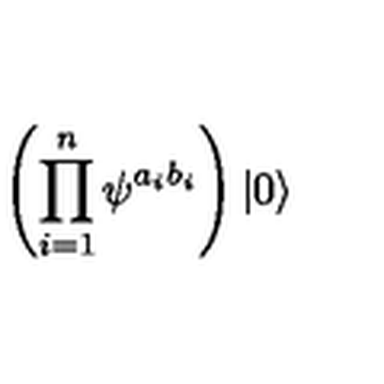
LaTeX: \left( \prod _ { i = 1 } ^ { n } \psi ^ { a _ { i } b _ { i } } \right) | 0 \rangle